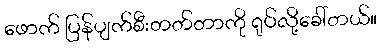
ဖောက် ပြန်ပျက်စီးတတ်တာကို ရုပ်လို့ခေါ်တယ်။